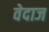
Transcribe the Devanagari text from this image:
वेदाज